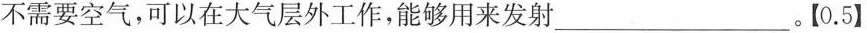
不需要空气，可以在大气层外工作，能够用来发射___。【0.5】